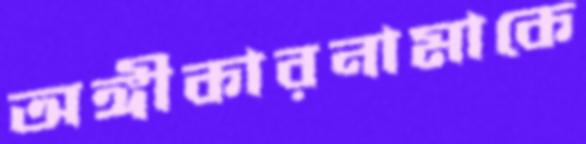
অঙ্গীকারনামাকে